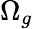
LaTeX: \Omega_{g}